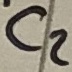
Text: C2